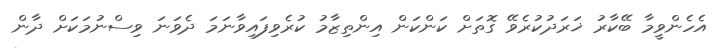
އެހެންވީމާ ބޭކާރު ޚަރަދުކުރެވޭ ގޮތަށް ކަންކަން އިންތިޒާމު ކުރެވިފައިވާނަމަ ދެވަނަ ވިސްނުމަކަށް ދާން